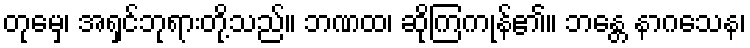
တုမှေ၊ အရှင်ဘုရားတို့သည်။ ဘဏထ၊ ဆိုကြကုန်၏။ ဘန္တေ နာဂသေန၊